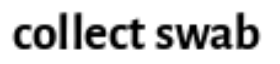
collect swab